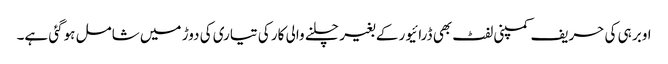
اوبر ہی کی حریف کمپنی لفٹ بھی ڈرائیور کے بغیر چلنے والی کار کی تیاری کی دوڑ میں شامل ہوگئی ہے۔